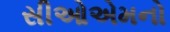
સીઓએમનો